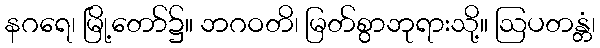
နဂရေ၊ မြို့တော်၌။ ဘဂဝတိ၊ မြတ်စွာဘုရားသို့။ ဩပတန္တံ၊